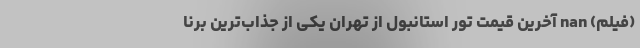
(فیلم) nan آخرین قیمت تور استانبول از تهران یکی از جذاب‌ترین برنا